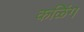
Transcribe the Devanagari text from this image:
कळिंग